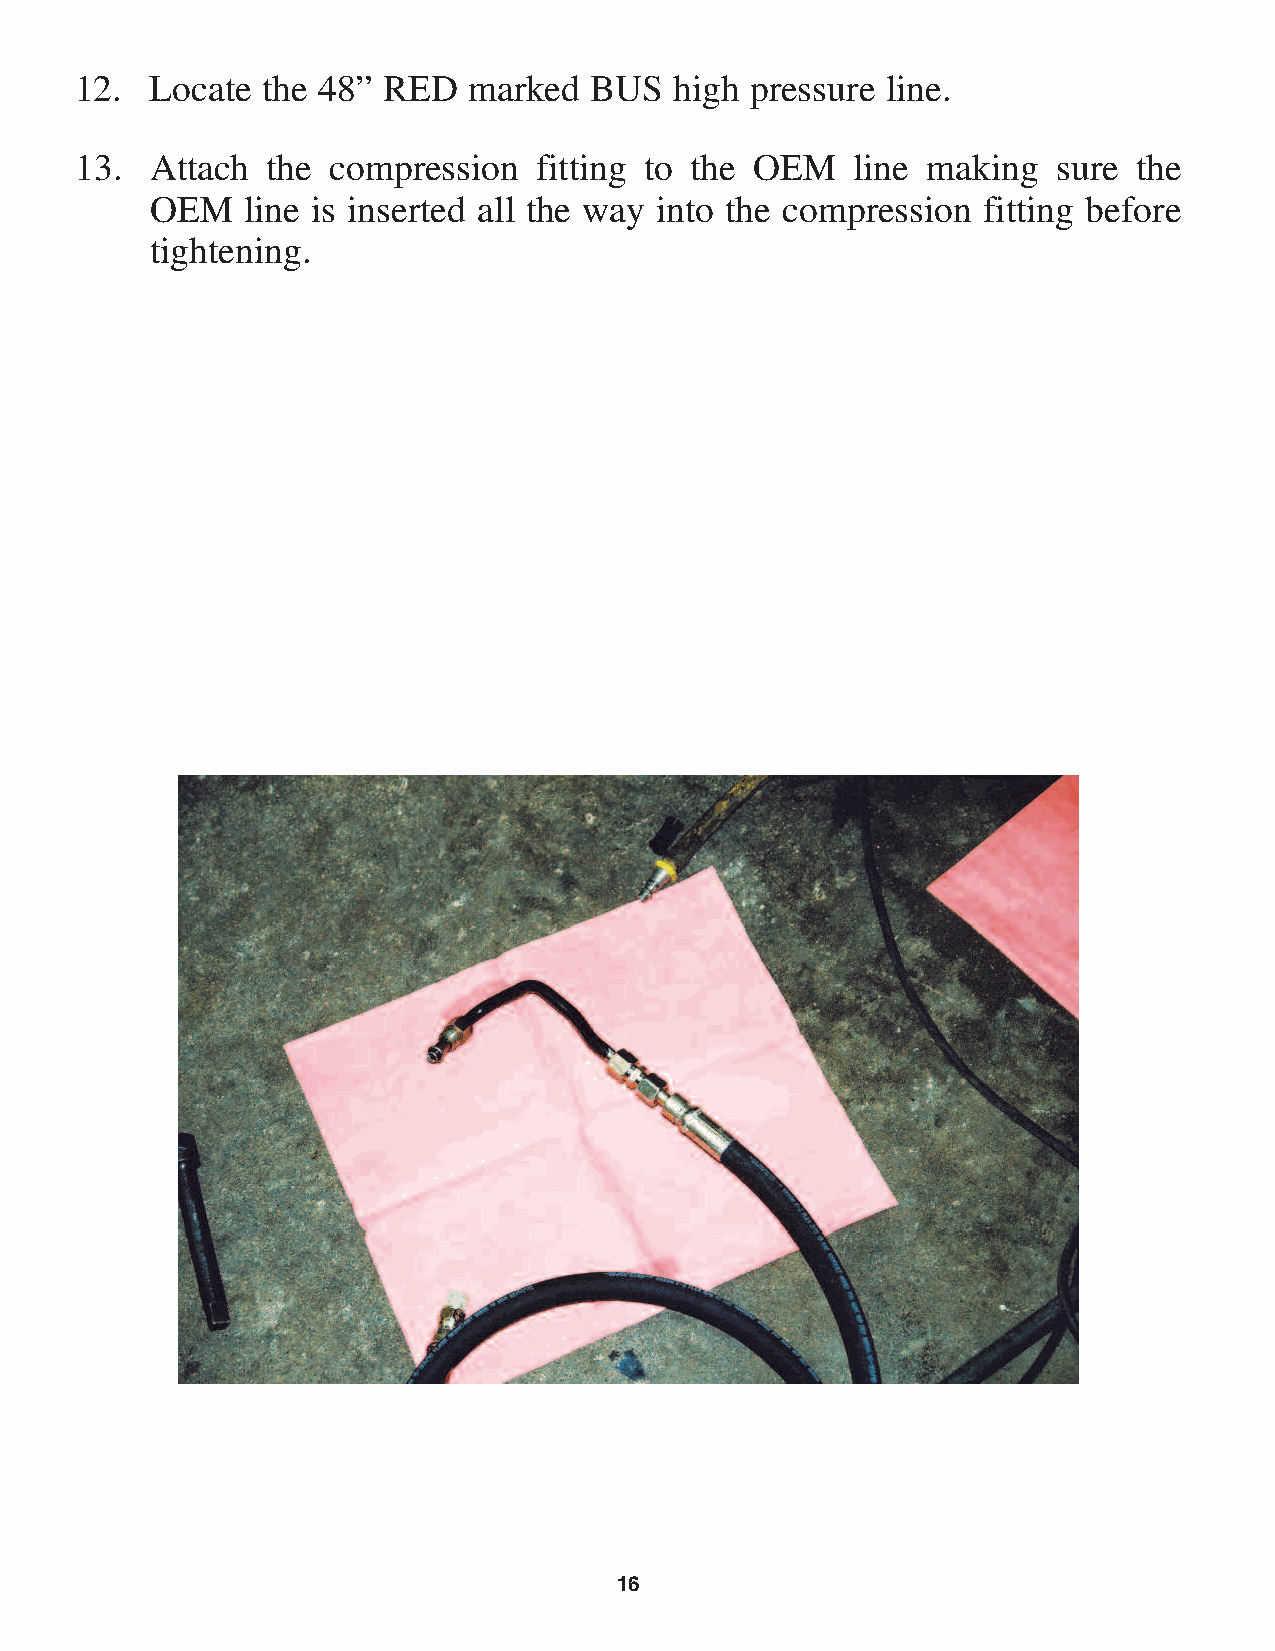
12.  Locate the 48” RED   marked  BUS   high pressure line.
 13.  Attach  the compression   fitting to the OEM   line making  sure the
 OEM   line is inserted all the way into the compression fitting before
 tightening.
 16